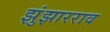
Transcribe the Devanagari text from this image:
झुंझारराव